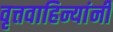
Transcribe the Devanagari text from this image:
वृत्तवाहिन्यांनी